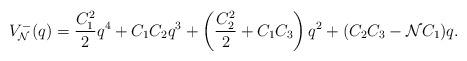
LaTeX: \begin{align*}V_{\cal N}^{-}(q)= \frac{C_1^2}{2} q^4+ C_1 C_2 q^3+\left(\frac{C_2^2}{2}+ C_1 C_3 \right)q^2 + ( C_2 C_3 - {\cal N}C_1 )q.\end{align*}